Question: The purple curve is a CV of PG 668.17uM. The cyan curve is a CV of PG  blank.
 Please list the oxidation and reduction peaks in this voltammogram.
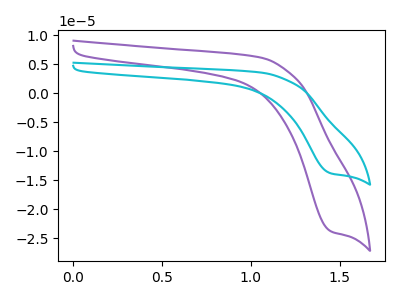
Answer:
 <answer>The purple curve "PG 668.17uM" has a cathodic peak at: (1.45V, -23.80uA). The cyan curve "PG  blank" has a cathodic peak at: (1.45V, -13.80uA).</answer>
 <eval></eval>